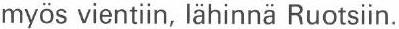
myös vientiin, lähinnä Ruotsiin.